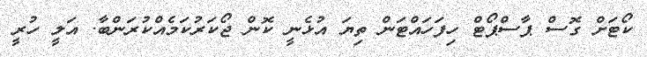
ކޯޓަށް ގޮސް ޕާސްޕޯޓް ހިފަހައްޓަން ތިޔަ އުޅެނީ ކޮން ޖޯކަރުކަމެއްކުރަންބާ. އަލީ ހުރީ